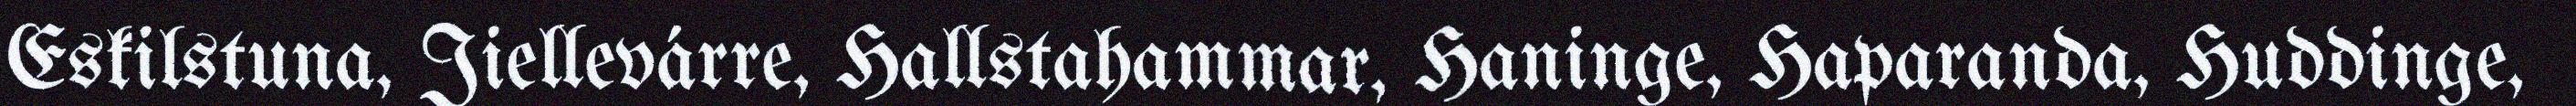
Eskilstuna, Jiellevárre, Hallstahammar, Haninge, Haparanda, Huddinge,